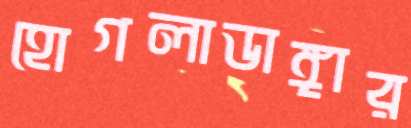
হোগলাডাঙ্গার